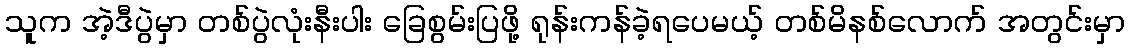
သူက အဲ့ဒီပွဲမှာ တစ်ပွဲလုံးနီးပါး ခြေစွမ်းပြဖို့ ရုန်းကန်ခဲ့ရပေမယ့် တစ်မိနစ်လောက် အတွင်းမှာ